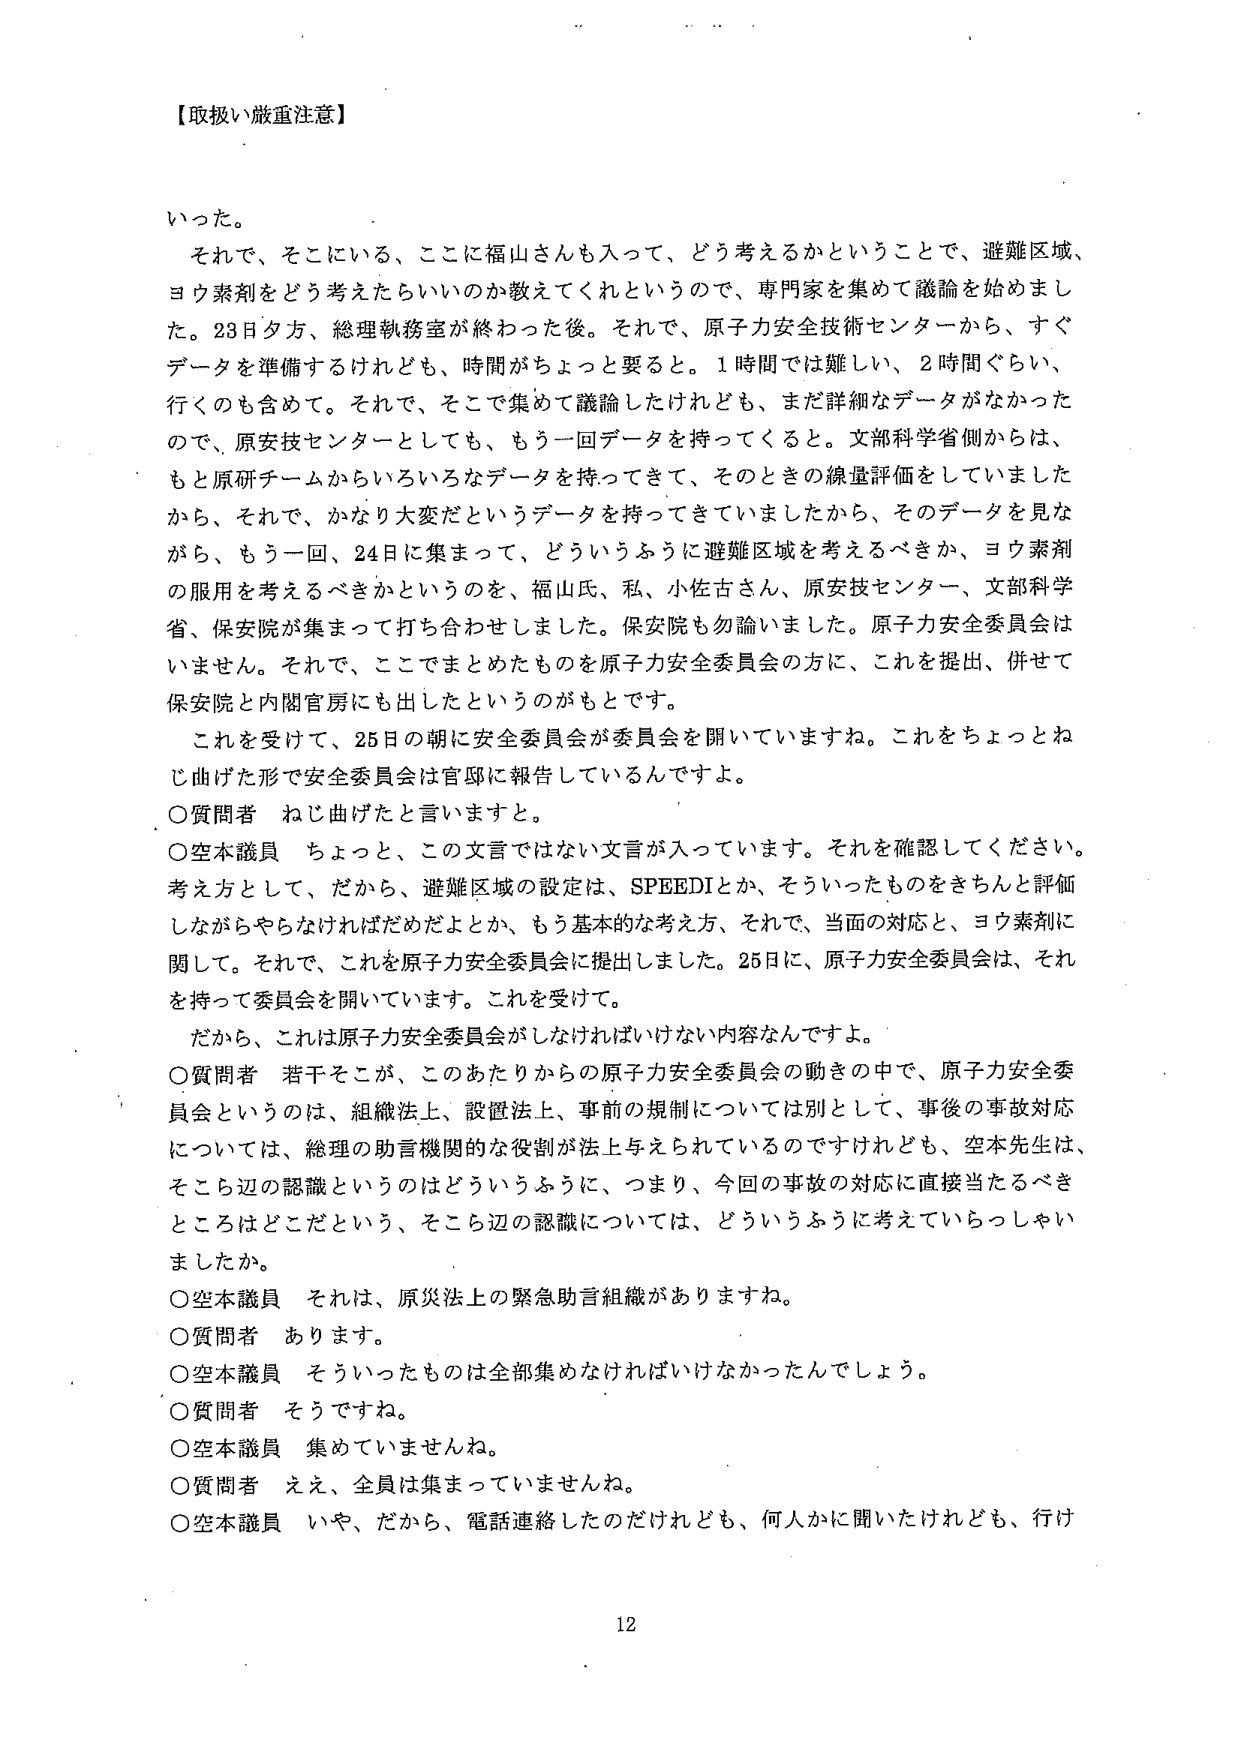
【取扱い厳重注意】

いった。

それで、そこにいる、ここに福山さんも入って、どう考えるかということで、避難区域、ヨウ素剤をどう考えたらいいのか教えてくれというので、専門家を集めて議論を始めました。23日夕方、総理執務室が終わった後。それで、原子力安全技術センターから、すぐデータを準備するけれども、時間がちょっと要ると。1時間では難しい、2時間ぐらい、行くのも含めて。それで、そこで集めて議論したけれども、まだ詳細なデータがなかったので、原安技センターとしても、もう一回データを持ってくると。文部科学省側からは、もと原研チームからいろいろなデータを持ってきて、そのときの線量評価をしていましたから、それで、かなり大変だというデータを持ってきていましたから、そのデータを見ながら、もう一回、24日に集まって、どういうふうに避難区域を考えるべきか、ヨウ素剤の服用を考えるべきかというのを、福山氏、私、小佐古さん、原安技センター、文部科学省、保安院が集まって打ち合わせしました。保安院も勿論いました。原子力安全委員会はいません。それで、ここでまとめたものを原子力安全委員会の方に、これを提出、併せて保安院と内閣官房にも出したというのがもとです。

これを受けて、25日の朝に安全委員会が委員会を開いていますね。これをちょっとねじ曲げた形で安全委員会は官邸に報告しているんですよ。

〇質問者　ねじ曲げたと言います。

〇空本議員　ちょっと、この文言ではない文言が入っています。それを確認してください。考え方として、だから、避難区域の設定は、SPEEDIとか、そういったものをきちんと評価しながらやらなければだめだよとか、もう基本的な考え方、それで、当面の対応と、ヨウ素剤に関して。それで、これを原子力安全委員会に提出しました。25日に、原子力安全委員会は、それを持って委員会を開いています。これを受けて。

だから、これは原子力安全委員会がしなければいけない内容なんですよ。

〇質問者　若干そこが、このあたりからの原子力安全委員会の動きの中で、原子力安全委員会というのは、組織法上、設置法上、事前の規制については別として、事後の事故対応については、総理の助言機関的な役割が法上与えられているのですけれども、空本先生は、そこら辺の認識というのはどういうふうに、つまり、今回の事故の対応に直接当たるべきところはどこだという、そこら辺の認識については、どういうふうに考えていらっしゃいましたか。

〇空本議員　それは、原災法上の緊急助言組織があります。

〇質問者　あります。

〇空本議員　そういったものは全部集めなければいけなかったんでしょう。

〇質問者　そうですね。

〇空本議員　集めていませんね。

〇質問者　ええ、全員は集まっていませんね。

〇空本議員　いや、だから、電話連絡したのだけれども、何人かに聞いたけれども、行け

12